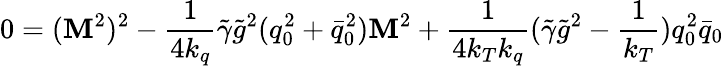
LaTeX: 0=({\cal\mathbf{M}}^{2})^{2}-\frac{1}{{4k_{q}}}\tilde{{\gamma}}\tilde{{g}}^{2}(q_{0}^{2}+\bar{{q}}_{0}^{2}){\cal\mathbf{M}}^{2}+\frac{1}{{4k_{T}k_{q}}}(\tilde{{\gamma}}\tilde{{g}}^{2}-\frac{1}{{k_{T}}})q_{0}^{2}\bar{{q}}_{0}